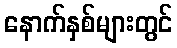
နောက်နှစ်များတွင်